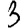
Digit: 3